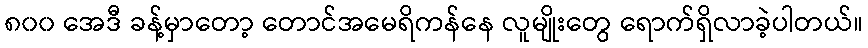
၈၀၀ အေဒီ ခန့်မှာတော့ တောင်အမေရိကန်နေ လူမျိုးတွေ ရောက်ရှိလာခဲ့ပါတယ်။